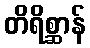
တိရိစ္ဆာန်